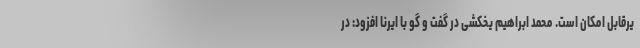
یرقابل امکان است. محمد ابراهیم یخکشی در گفت و گو با ایرنا افزود: در